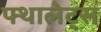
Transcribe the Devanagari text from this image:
फ्थालेट्स